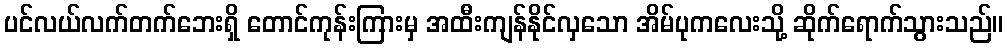
ပင်လယ်လက်တက်ဘေးရှိ တောင်ကုန်းကြားမှ အထီးကျန်နိုင်လှသော အိမ်ပုကလေးသို့ ဆိုက်ရောက်သွားသည်။